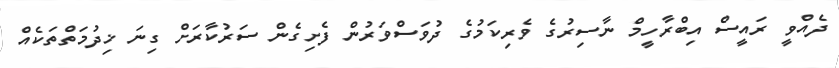
ދެއްވީ ރައީސް އިބްރާހީމް ނާސިރުގެ ވެރިކަމުގެ ދުވަސްވަރުން ފެށިގެން ސަރުކާރަށް ގިނަ ޚިދުމަތްތަކެއް